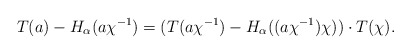
\begin{align*}T(a)-H_{\alpha}(a \chi^{-1})= (T(a \chi^{-1})-H_{\alpha}((a\chi^{-1})\chi))\cdot T(\chi).\end{align*}